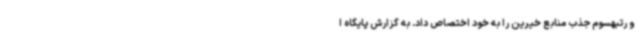
و رتبهسوم جذب منابع خیرین را به خود اختصاص داد. به گزارش پایگاه ا